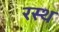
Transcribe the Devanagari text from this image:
रस्थ